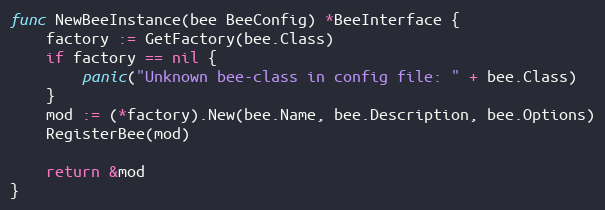
Language: Go
func NewBeeInstance(bee BeeConfig) *BeeInterface {
	factory := GetFactory(bee.Class)
	if factory == nil {
		panic("Unknown bee-class in config file: " + bee.Class)
	}
	mod := (*factory).New(bee.Name, bee.Description, bee.Options)
	RegisterBee(mod)

	return &mod
}